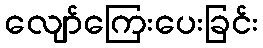
လျော်ကြေးပေးခြင်း